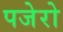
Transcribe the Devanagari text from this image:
पजेरो